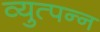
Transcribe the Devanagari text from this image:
व्युत्‍पन्‍न